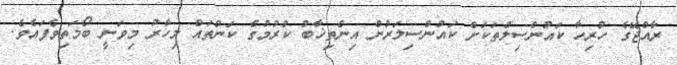
ރާއްޖޭގެ ހުރިހާ ކައުންސިލްތަކަށް ކައުންސިލަރުން އިންތިޚާބު ކުރުމުގެ ކަންތައް މިހާރު މިވަނީ ބޯމަތިވެފައެވެ.